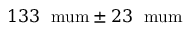
1 3 3 \; \mathrm { \ m u m } \pm 2 3 \; \mathrm { \ m u m }